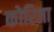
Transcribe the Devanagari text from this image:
कोरिजा